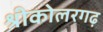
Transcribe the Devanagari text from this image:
श्रीकोलरगढ़